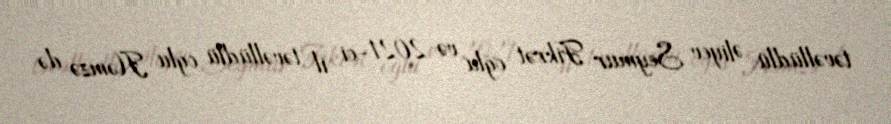
təvəllüdlü Əliyev Seymur Fikrət oğlu və 2021-ci il təvəllüdlü oğlu Həmzə də